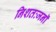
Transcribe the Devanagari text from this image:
निशतःजनॉ